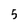
Character: 5